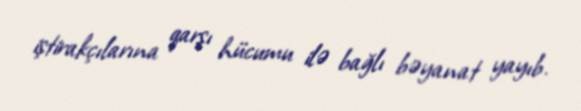
iştirakçılarına qarşı hücumu ilə bağlı bəyanat yayıb.